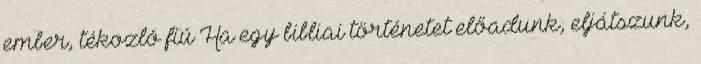
ember, tékozló fiú Ha egy bibliai történetet előadunk, eljátszunk,